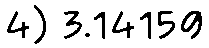
4) 3.14159